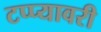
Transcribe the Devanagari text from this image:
टप्प्यावरी